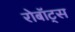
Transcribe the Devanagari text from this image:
रोबॉट्स